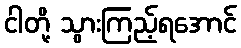
ငါတို့ သွားကြည့်ရအောင်